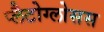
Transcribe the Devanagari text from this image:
प्लैटोग्लोसस